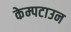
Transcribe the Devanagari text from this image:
केम्पटाउन